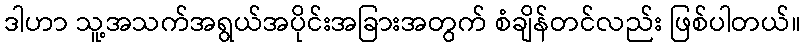
ဒါဟာ သူ့အသက်အရွယ်အပိုင်းအခြားအတွက် စံချိန်တင်လည်း ဖြစ်ပါတယ်။